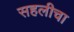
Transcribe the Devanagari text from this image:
सहलीचा